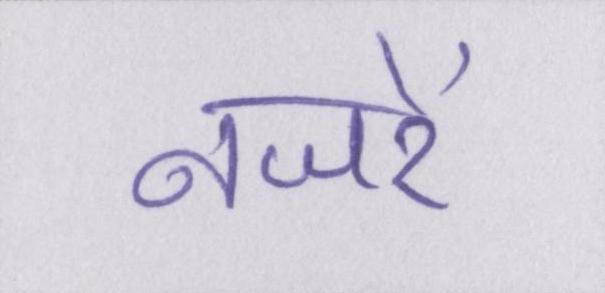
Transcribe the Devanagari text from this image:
नजरें